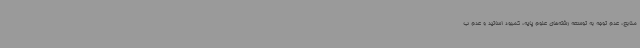
منابع، عدم توجه به توسعه رشته‌های علوم پایه، کمبود اساتید و عدم ب